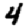
Digit: 4